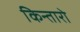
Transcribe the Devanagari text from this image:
किन्तारो